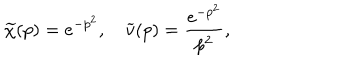
\widetilde { \chi } ( p ) = e ^ { - p ^ { 2 } } , \quad \widetilde { v } ( p ) = \frac { e ^ { - p ^ { 2 } } } { p ^ { 2 } } ,